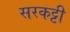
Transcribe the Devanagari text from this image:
सरकट्टी